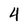
Character: 4